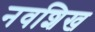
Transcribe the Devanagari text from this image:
नवशिख